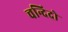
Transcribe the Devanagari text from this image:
चन्दिदो